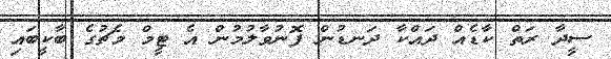
ސީދާ ރަތް ކާޑެއް ދައްކާ ދަނޑުން ފޮނުވާލުމުން އެ ޓީމް މެޗުގެ ބާކީބައި